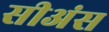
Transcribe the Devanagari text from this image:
सीअंस